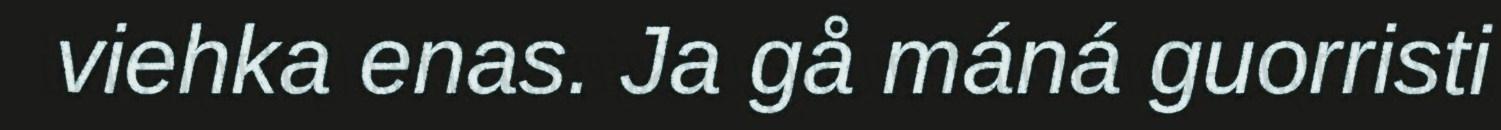
viehka enas. Ja gå máná guorristi